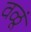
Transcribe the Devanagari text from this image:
वळूं